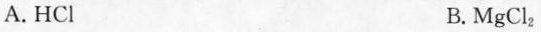
A. HCl B. MgCl_{2}